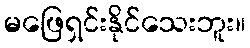
မဖြေရှင်းနိုင်သေးဘူး။